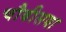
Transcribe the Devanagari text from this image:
चौबीसवा